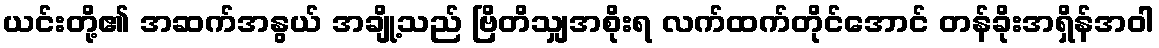
ယင်းတို့၏ အဆက်အနွယ် အချို့သည် ဗြိတိသျှအစိုးရ လက်ထက်တိုင်အောင် တန်ခိုးအရှိန်အဝါ